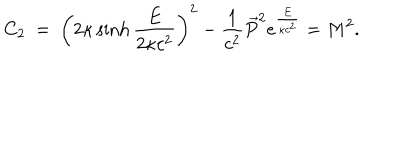
LaTeX: C _ { 2 } \ = \ \left( 2 \kappa \sinh \frac { E } { 2 \kappa c ^ { 2 } } \right) ^ { 2 } - { \frac { 1 } { c ^ { 2 } } } \vec { P } ^ { 2 } e ^ { \frac { E } { \kappa c ^ { 2 } } } = M ^ { 2 } .